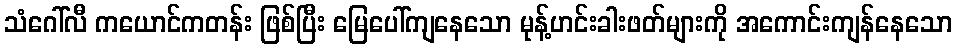
သံဂေါ်လီ ကယောင်ကတန်း ဖြစ်ပြီး မြေပေါ်ကျနေသော မုန့်ဟင်းခါးဖတ်များကို အကောင်းကျန်နေသော